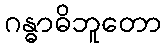
ဂန္ဓာဓိဘူတော